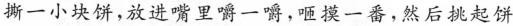
撕一小块饼，放进嘴里!嚼一爵，咂摸一番，然后挑起饼